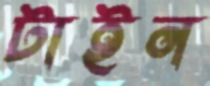
টাইন